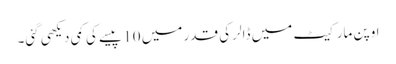
اوپن مارکیٹ میں ڈالر کی قدر میں 10 پیسے کی کمی دیکھی گئی۔